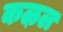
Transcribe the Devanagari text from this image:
कऴल